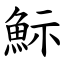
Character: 䱈